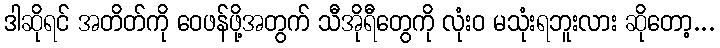
ဒါဆိုရင် အတိတ်ကို ဝေဖန်ဖို့အတွက် သီအိုရီတွေကို လုံးဝ မသုံးရဘူးလား ဆိုတော့...